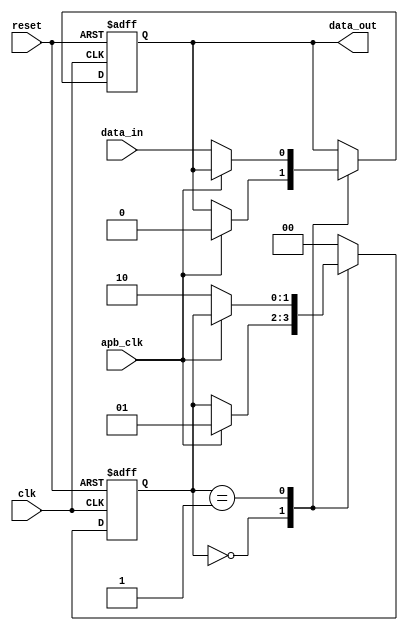
module timing_control_and_sync (
    input wire clk,
    input wire reset,
    input wire apb_clk,
    input wire data_in,
    output reg data_out
);

reg [1:0] state;
parameter IDLE = 2'b00;
parameter SYNC = 2'b01;
parameter TRANSFER = 2'b10;

always @(posedge clk or posedge reset) begin
    if (reset) begin
        state <= IDLE;
        data_out <= 1'b0;
    end else begin
        case (state)
            IDLE: begin
                if (apb_clk) begin
                    state <= SYNC;
                    data_out <= 1'b0;
                end
            end
            SYNC: begin
                if (!apb_clk) begin
                    state <= TRANSFER;
                    data_out <= data_in;
                end
            end
            TRANSFER: begin
                state <= IDLE;
            end
            default: begin
                state <= IDLE;
            end
        endcase
    end
end

endmodule